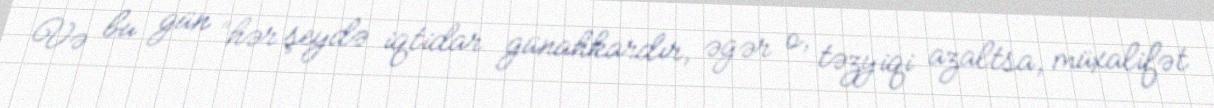
Və bu gün “hər şeydə iqtidar günahkardır, əgər o, təzyiqi azaltsa, müxalifət